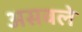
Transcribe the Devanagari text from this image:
असवले